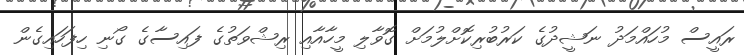
ރައީސް މުހައްމަދު ނަޝީދުގެ ކަރުބުރިކޮށްލުމަށް ގޮވާލި މީހާއާއި ރިޝްވަތުގެ ފައިސާގެ ގޯނި ހިފަހައިގެން